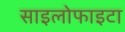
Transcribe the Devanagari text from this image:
साइलोफाइटा